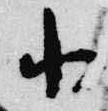
小